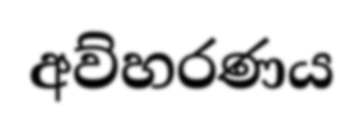
අව්හරණය